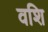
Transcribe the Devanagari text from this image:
वशि